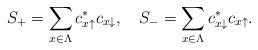
LaTeX: \begin{align*}S_+=\sum_{x\in \Lambda} c_{x\uparrow}^* c_{x\downarrow},\ \ \ S_-=\sum_{x\in \Lambda} c_{x\downarrow}^*c_{x\uparrow}.\end{align*}